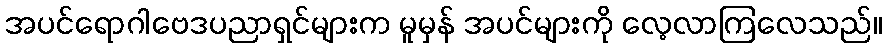
အပင်ရောဂါဗေဒပညာရှင်များက မူမှန် အပင်များကို လေ့လာကြလေသည်။